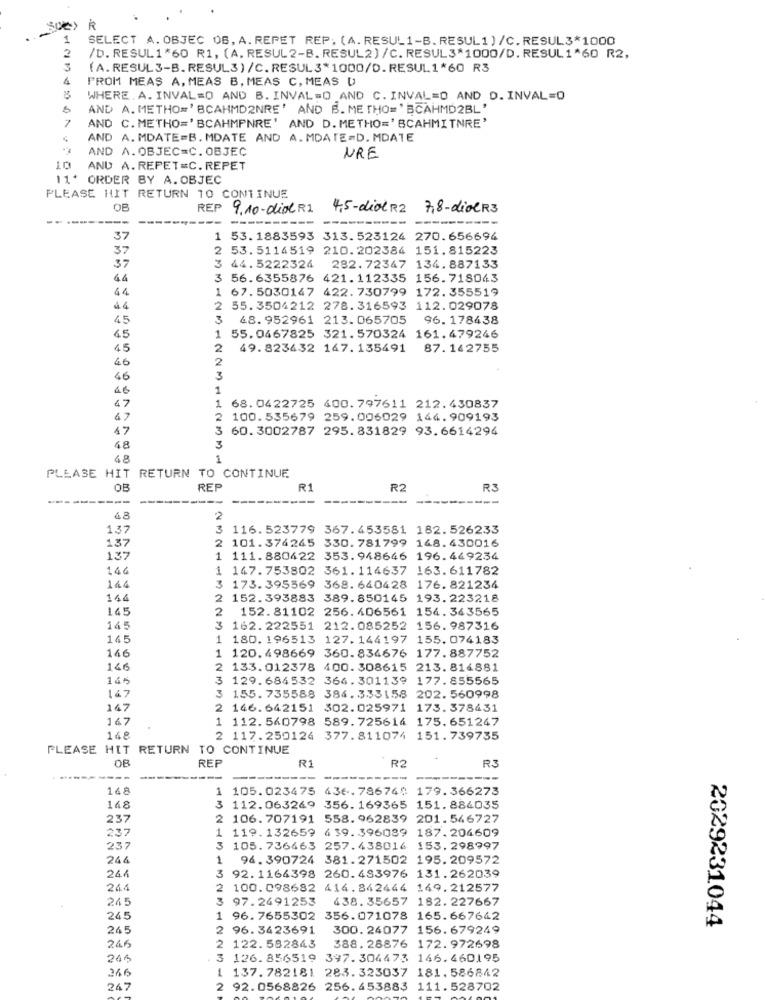
1
SELECT A. OBJEC OB, A. REPET REP. (A. RESUL1-B. RESUL1)/C. RESUL3*1000
/D. RESUL1*60 R1, (A. RESUL2-B. RESUL2) /C. RESUL3*1000/D. RESUL 1*60 R2,
3
(A. RESUL3-B. RESUL3)/C.RESUL3*1000/D.RESUL1*60 R3
4
PROM MEAS A, MEAS B, MEAS C, MEAS D
WHERE. A. INVAL=O AND B. INVAL=O AND C. INVAL=O AND D. INVAL=0
AND A. METHO=' BCAHMD2NRE' AND B. ME THO=' BCAHMD2BL'
AND C. METHO=' BCAHMPNRE' AND D. METHO=' BCAHMITNRE'
AND A. MDATE=B. MDATE AND A. MDATE=D. MDATE
AND A. OBJEC=C. OBJEC
NRE
10
AND A. REPET=C. REPET
11* ORDER BY A. OBJEC
PLEASE HIT RETURN 10 CONTINUE
OB
REP
9.10-diol RI
4,5-diol R2
7,8-dioCR3
--
---
--
----
37
1 53.1883593 313.523124 270.656694
37
2 53.5114519 210.202384 151.815223
37
3 44.5222324 282.72347 134.887133
44
3 56.6355876 421.112335 156.718043
44
1 67.5030147 422. 730799 172.355519
44
2
55. 3504212 278.316593 112.029078
45
3
68. 952961 213. 065705
96. 178438
45
1 55.0467825 321.570324 161.479246
45
2
49.823432 147. 135491
87. 142755
46
2
46
46
1
1
47
68. 0422725 400. 797611 212.430837
47
2 100.535679 259.006029 144.909193
47
3 60.3002787 295.831829 93.6614294
48
3
48
1
PLEASE HIT RETURN TO CONTINUE
OB
REP
R1
R2
R3
---
--
48
137
3
116.523779 367.453581 182.526233
2 101.374245 330.781799 148.430016
137
137
1 111.880422 353.948646 196.449234
146
1 147.753802 361.114637 163.611782
144
3 173.395569 368. 640428 176. 821234
144
2 152.393883 389.850145 193.223218
145
2
152.81102 256.406561 154.363565
145
3 162. 222551 212.085252 156.987316
145
1 180. 196513 127.144197 155. 074183
146
1 120.498669 360.834676 177.887752
146
2 133. 012378 400. 308615 213.814881
145
3 129. 684532 364.301139 177.855565
147
155. 735588 384. 333158
202. 560998
147
146. 642151 302.025971 173.378431
167
1 112. 540798 589. 725614 175. 651247
168
2 117.250124 377.811074 151.739735
PLEASE HIT RETURN TO CONTINUE
REP
R1
R2
R3
---
----
168
1 105.023475 436.78674: 179.366273
148
112.063269 356. 169365 151. 886035
237
2 106.707191 558.962839 201.546727
237
119.132659 4 39. 396089 187.204609
237
3 105. 736463 257.438016 153. 298997
244
1
96. 390724 381.271502 195.209572
24.4
92. 1164398 260.433976 131.262039
244
2 100.098682 414.842444 149.212577
245
3 97.2491253
438. 35657 182. 227667
245
1 96.7655302 356.071078 165.667642
2029231044
245
2 96.3423691
300. 24077 156.679249
245
2 122.582843
388. 28876 172. 972698
245
3 126.856519 397.304473 146.460195
266
1 137.782181 283.323037 181.586842
247
2 92.0568826 256.453883 111.528702